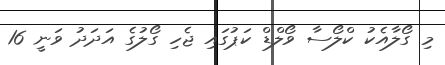
މި ގޯލާއެކު ކްލޯސާ ވޯލްޑް ކަޕުގައި ޖެހި ގޯލުގެ އަދަދު ވަނީ 16